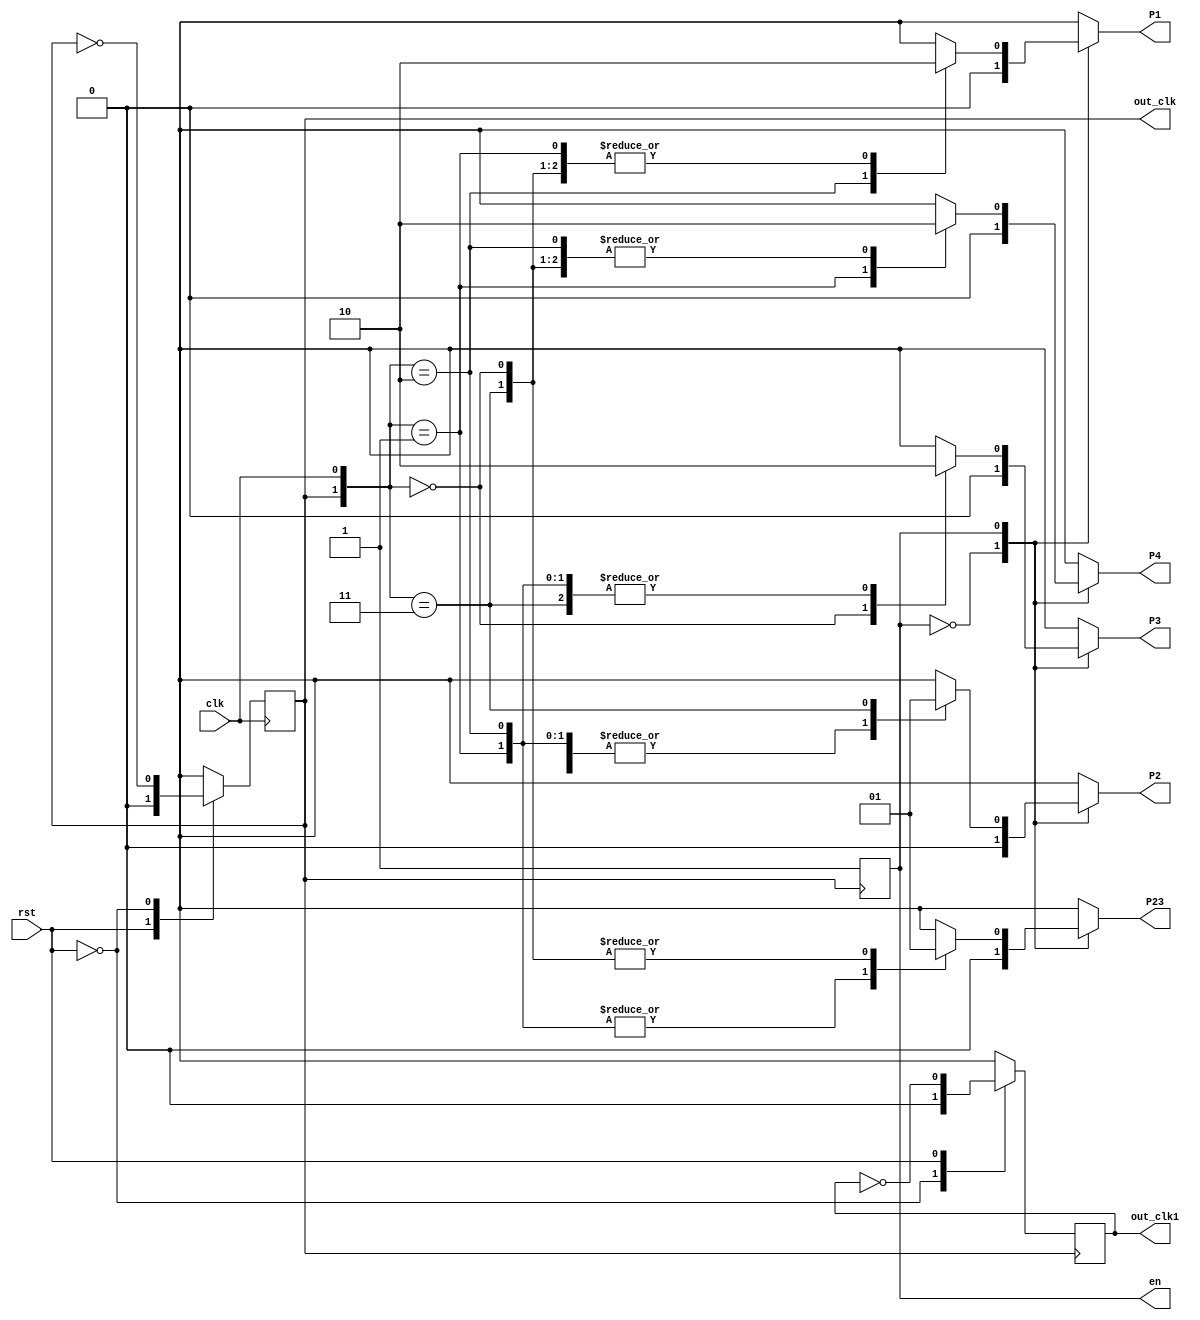

module clockdivider( clk ,rst,out_clk, out_clk1, P1, P2, P3, P4, P23, en);
output reg out_clk;
output reg out_clk1;
output reg P1, P2, P3, P4, P23 ;
input clk ;
input rst;
wire[1:0] clock;
output reg en = 1'b0;

always @(negedge clk)
	begin
	
	case(~rst)
		1'b0:
		 out_clk <= 1'b0;
		1'b1:
		 out_clk <= ~out_clk;
	endcase
	end

	
always @(posedge out_clk)
	begin
	en <= 1'b1;
	case(rst)
		1'b0:
		 out_clk1 <= 1'b0;
		1'b1:
		 out_clk1 <= ~out_clk1;
	endcase
	end

assign clock = {out_clk, clk};

	
always @(clock)
	begin
	case (en)
	1'b0:
		begin
			P1 <= 1'b0;
			P2 <= 1'b0;
			P3 <= 1'b0;
			P4 <= 1'b0;
			P23 <= 1'b0;
		end 
	1'b1:
	case(clock)
		
		2'b00: 
		begin
			P1 <= 1'b0;
			P2 <= 1'b0;
			P3 <= 1'b1;
			P4 <= 1'b0;
			P23 <= 1'b1;
		end 
		
		2'b01:
		begin
			P1 <= 1'b0;
			P2 <= 1'b0;
			P3 <= 1'b0;
			P4 <= 1'b1;
			P23 <= 1'b0;

		end 
		
		2'b10:
		begin
			P1 <= 1'b1;
			P2 <= 1'b0;
			P3 <= 1'b0;
			P4 <= 1'b0;
			P23 <= 1'b0;

		end
		
		2'b11:
		begin
			P1 <= 1'b0;
			P2 <= 1'b1;
			P3 <= 1'b0;
			P4 <= 1'b0;
			P23 <= 1'b1;

		end
	endcase
	endcase
	end	
	
endmodule